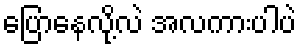
ပြောနေလို့လဲ အလကားပါပဲ